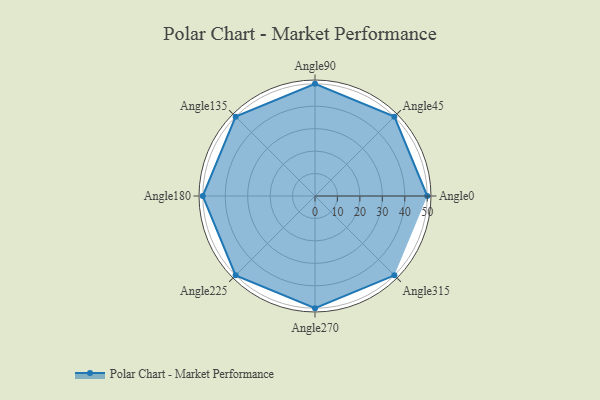
{"axis": {"x": "Angle", "y": "Radius"}, "legend": [""], "data": [{"x": "Angle0", "y": 50, "type": ""}, {"x": "Angle45", "y": 50, "type": ""}, {"x": "Angle90", "y": 50, "type": ""}, {"x": "Angle135", "y": 50, "type": ""}, {"x": "Angle180", "y": 50, "type": ""}, {"x": "Angle225", "y": 50, "type": ""}, {"x": "Angle270", "y": 50, "type": ""}, {"x": "Angle315", "y": 50, "type": ""}]}